Indian journal of veterinary science and animal husbandry - Volumes 22-23, 1952-1953
Year: 1952
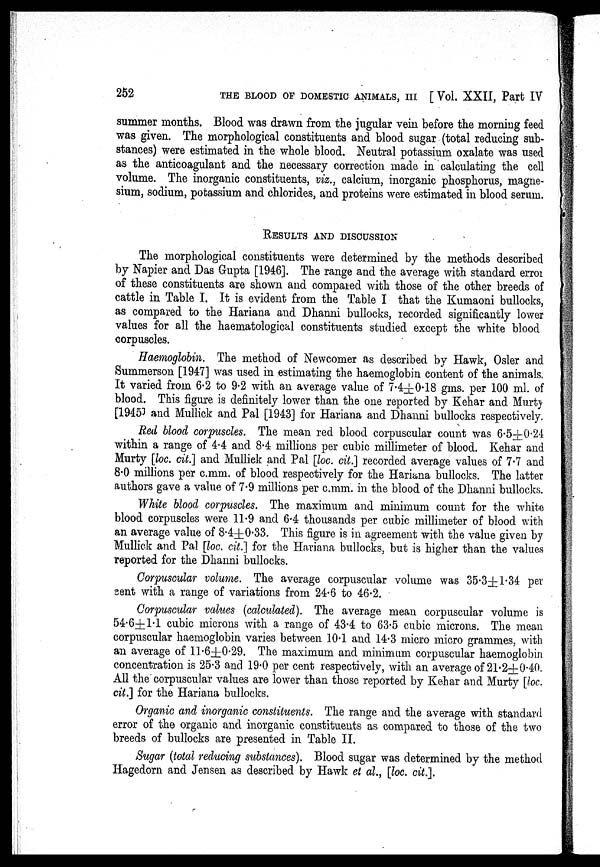
252
THE BLOOD OF DOMESTIC ANIMALS, III [ Vol. XXII, Part IV
summer months. Blood was drawn from the jugular vein before the morning feed
was given. The morphological constituents and blood sugar (total reducing sub-
stances) were estimated in the whole blood. Neutral potassium oxalate was used
as the anticoagulant and the necessary correction made in calculating the cell
volume. The inorganic constituents, viz., calcium, inorganic phosphorus, magne-
sium, sodium, potassium and chlorides, and proteins were estimated in blood serum.
RESULTS AND DISCUSSION
The morphological constituents were determined by the methods described
by Napier and Das Gupta [1946]. The range and the average with standard error
of these constituents are shown and compared with those of the other breeds of
cattle in Table I. It is evident from the Table I that the Kumaoni bullocks,
as compared to the Hariana and Dhanni bullocks, recorded significantly lower
values for all the haematological constituents studied except the white blood
corpuscles.
Haemoglobin. The method of Newcomer as described by Hawk, Osler and
Summerson [1947] was used in estimating the haemoglobin content of the animals.
It varied from 6.2 to 9.2 with an average value of 7.4±0.18 gms. per 100 ml. of
blood. This figure is definitely lower than the one reported by Kehar and Murty
[1945] and Mullick and Pal [1943] for Hariana and Dhanni bullocks respectively.
Red blood corpuscles. The mean red blood corpuscular count was 6.5±0.24
within a range of 4.4 and 8.4 millions per cubic millimeter of blood. Kehar and
Murty [loc. cit.] and Mullick and Pal [loc. cit.] recorded average values of 7.7 and
8.0 millions per c.mm. of blood respectively for the Hariana bullocks. The latter
authors gave a value of 7.9 millions per c.mm. in the blood of the Dhanni bullocks.
White blood corpuscles. The maximum and minimum count for the white
blood corpuscles were 11.9 and 6.4 thousands per cubic millimeter of blood with
an average value of 8.4±0.33. This figure is in agreement with the value given by
Mullick and Pal [loc. cit.] for the Hariana bullocks, but is higher than the values
reported for the Dhanni bullocks.
Corpuscular volume. The average corpuscular volume was 35.3±1.34 per
sent with a range of variations from 24.6 to 46.2.
Corpuscular values (calculated). The average mean corpuscular volume is
54.6±1.1 cubic microns with a range of 43.4 to 63.5 cubic microns. The mean
corpuscular haemoglobin varies between 10.1 and 14.3 micro micro grammes, with
an average of 11.6±0.29. The maximum and minimum corpuscular haemoglobin
concentration is 25.3 and 19.0 per cent respectively, with an average of 21.2±0.40.
All the corpuscular values are lower than those reported by Kehar and Murty [loc.
cit.] for the Hariana bullocks.
Organic and inorganic constituents. The range and the average with standard
error of the organic and inorganic constituents as compared to those of the two
breeds of bullocks are presented in Table II.
Sugar (total reducing substances). Blood sugar was determined by the method
Hagedorn and Jensen as described by Hawk et al., [loc. cit.].